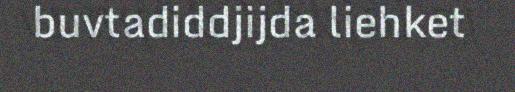
buvtadiddjijda liehket